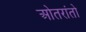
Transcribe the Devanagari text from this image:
ओतरांतो